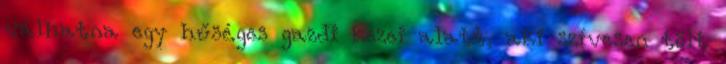
válhatna egy hűséges gazdi kezei alatt, aki szívesen tölt